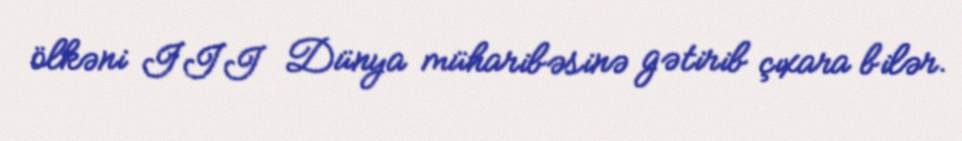
ölkəni III Dünya müharibəsinə gətirib çıxara bilər.